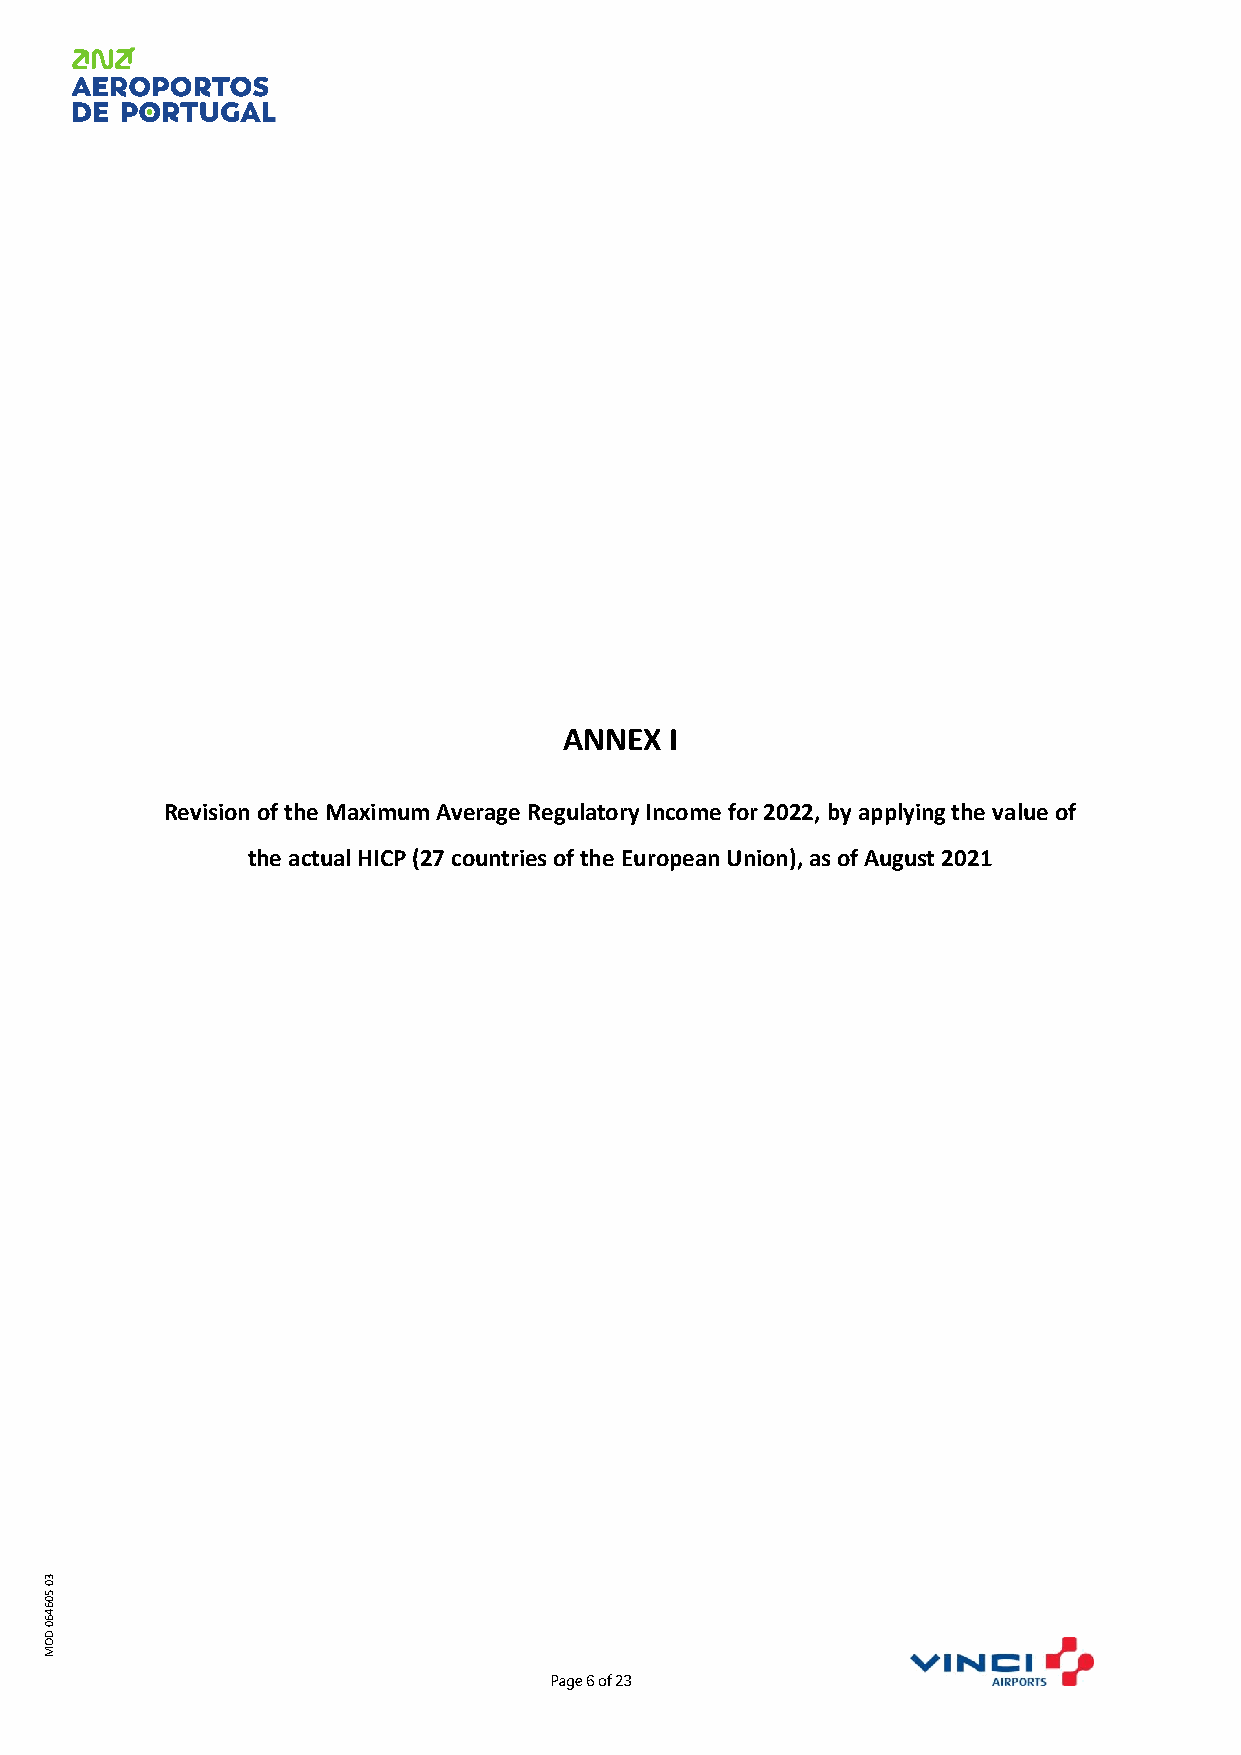
ANNEX  I
 Revision of the Maximum Average Regulatory Income for 2022, by applying the value of
 the actual HICP (27 countries of the European Union), as of August 2021
 30
 50
 6460
 D
 O
 M